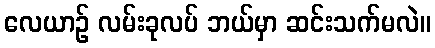
လေယာဉ် လမ်းခုလပ် ဘယ်မှာ ဆင်းသက်မလဲ။